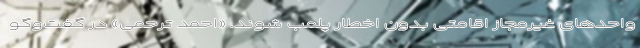
واحدهای غیرمجاز اقامتی بدون اخطار پلمب شوند. «احمد ترحمی» در گفت‌وگو